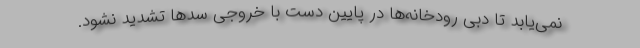
نمی‌یابد تا دبی رودخانه‌ها در پایین دست با خروجی سدها تشدید نشود.